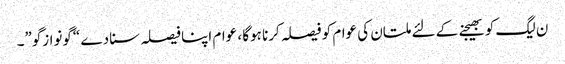
ن لیگ کو بھیجنے کے لئے ملتان کی عوام کو فیصلہ کرنا ہوگا ، عوام اپنا فیصلہ سنا دے “گونوازگو”۔